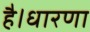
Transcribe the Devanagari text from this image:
है।धारणा